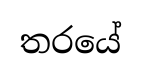
තරයේ